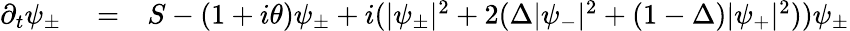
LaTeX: \begin{array}{rlr}{\partial_{t}\psi_{\pm}}&{{}=}&{S-(1+i\theta)\psi_{\pm}+i(|\psi_{\pm}|^{2}+2(\Delta|\psi_{-}|^{2}+(1-\Delta)|\psi_{+}|^{2}))\psi_{\pm}}\end{array}